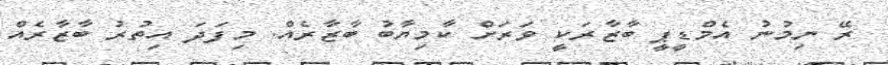
ރޭ ނިމުނު އެމްޑީޕީ ބާޒާރަކީ ވަރަށް ކާމިޔާބު ބާޒާރެއް. މިފަދަ އިތުރު ބާޒާރެއް